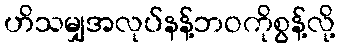
ဟိသမျှအလုပ်နန့်ဘဝကိုစွန့်လို့